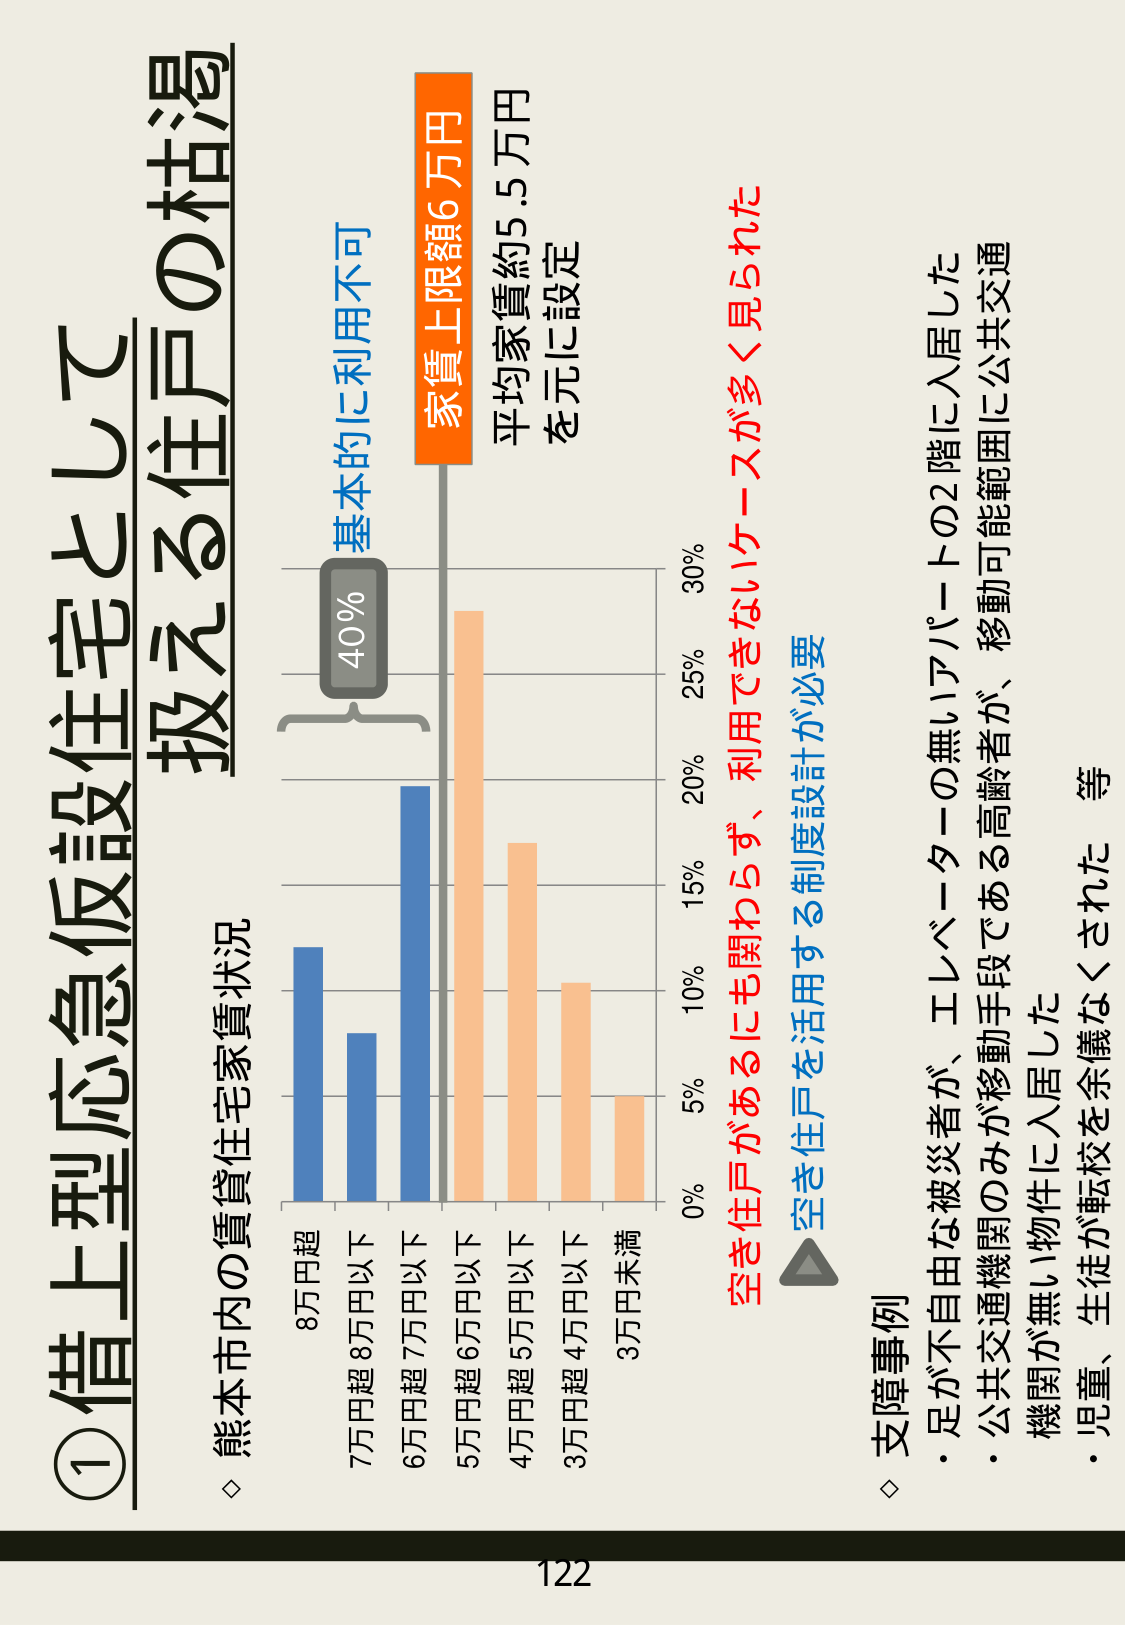
①借上型応急仮設住宅として
扱える住戸の枯渇

◇ 熊本市内の賃貸住宅家賃状況

8万円超
7万円超 8万円以下
6万円超 7万円以下
5万円超 6万円以下
4万円超 5万円以下
3万円超 4万円以下
3万円未満

0%
5%
10%
15%
20%
25%
30%

基本的利用不可
40%

家賃上限額6万円
平均家賃約5.5万円
を元に設定

空き住戸があるにも関わらず、利用できないケースが多く見られた
空き住戸を活用する制度設計が必要

◇ 支障事例
・足が不自由な被災者が、エレベーターの無いアパートの2階に入居した
・公共交通機関のみが移動手段である高齢者が、移動可能範囲に公共交通機関が無い物件に入居した
・児童、生徒が転校を余儀なくされた 等

122